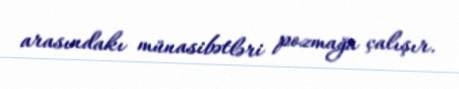
arasındakı münasibətləri pozmağa çalışır.